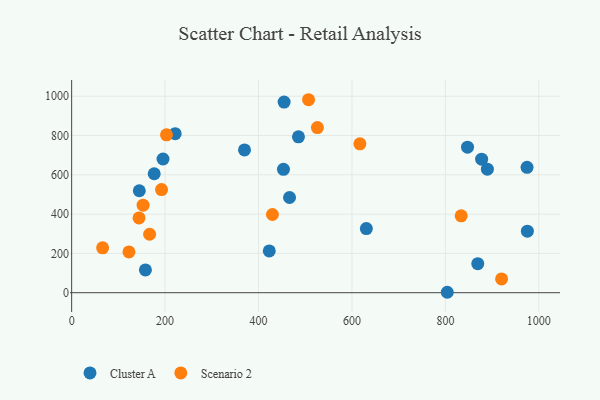
{"axis": {"x": "Distance", "y": "Profit"}, "legend": ["Cluster A", "Scenario 2"], "data": [{"x": "157.9", "y": 116.0, "type": "Cluster A"}, {"x": "423.0", "y": 212.6, "type": "Cluster A"}, {"x": "454.8", "y": 970.3, "type": "Cluster A"}, {"x": "889.9", "y": 628.9, "type": "Cluster A"}, {"x": "974.8", "y": 637.9, "type": "Cluster A"}, {"x": "877.6", "y": 679.7, "type": "Cluster A"}, {"x": "485.5", "y": 793.3, "type": "Cluster A"}, {"x": "869.3", "y": 147.6, "type": "Cluster A"}, {"x": "453.4", "y": 628.0, "type": "Cluster A"}, {"x": "176.7", "y": 605.4, "type": "Cluster A"}, {"x": "144.8", "y": 518.9, "type": "Cluster A"}, {"x": "195.6", "y": 680.5, "type": "Cluster A"}, {"x": "221.6", "y": 809.3, "type": "Cluster A"}, {"x": "847.4", "y": 740.6, "type": "Cluster A"}, {"x": "804.0", "y": 2.2, "type": "Cluster A"}, {"x": "630.8", "y": 326.6, "type": "Cluster A"}, {"x": "975.5", "y": 313.1, "type": "Cluster A"}, {"x": "370.0", "y": 726.7, "type": "Cluster A"}, {"x": "466.4", "y": 484.4, "type": "Cluster A"}, {"x": "920.3", "y": 70.1, "type": "Scenario 2"}, {"x": "152.9", "y": 445.4, "type": "Scenario 2"}, {"x": "429.8", "y": 398.0, "type": "Scenario 2"}, {"x": "833.8", "y": 391.3, "type": "Scenario 2"}, {"x": "144.2", "y": 380.6, "type": "Scenario 2"}, {"x": "507.1", "y": 982.1, "type": "Scenario 2"}, {"x": "617.0", "y": 757.6, "type": "Scenario 2"}, {"x": "203.0", "y": 803.4, "type": "Scenario 2"}, {"x": "122.6", "y": 207.4, "type": "Scenario 2"}, {"x": "192.4", "y": 524.6, "type": "Scenario 2"}, {"x": "166.9", "y": 297.5, "type": "Scenario 2"}, {"x": "526.0", "y": 840.2, "type": "Scenario 2"}, {"x": "66.3", "y": 228.5, "type": "Scenario 2"}]}